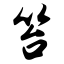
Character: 笞